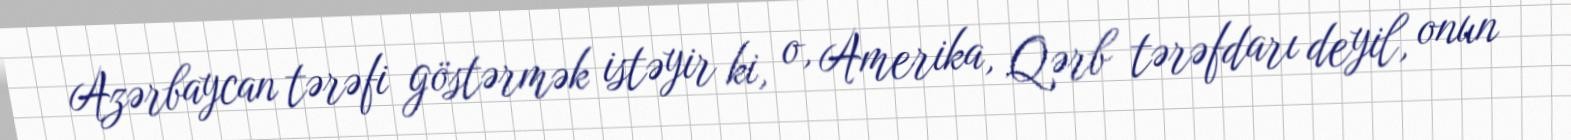
Azərbaycan tərəfi göstərmək istəyir ki, o, Amerika, Qərb tərəfdarı deyil, onun